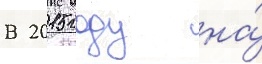
В 2015 году на́